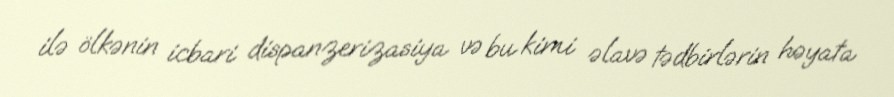
ilə ölkənin icbari dispanzerizasiya və bu kimi əlavə tədbirlərin həyata